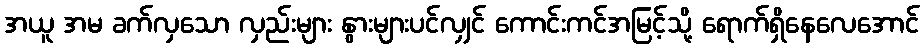
အယူ အမ ခက်လှသော လှည်းများ နွားများပင်လျှင် ကောင်းကင်အမြင့်သို့ ရောက်ရှိနေလေအောင်